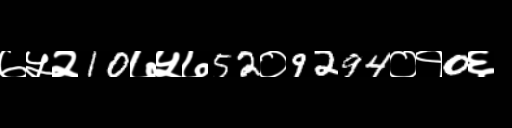
Text: ७५२10७५७52०9294०१0६